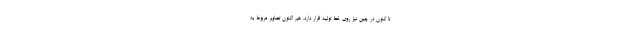
تا کنون در چین نیز روی خط تولید قرار دارد. هم اکنون تصاویر مربوط به